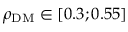
\rho _ { \mathrm { D M } } \in \left[ 0 . 3 ; 0 . 5 5 \right]